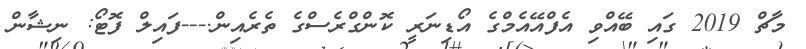
މާޗް 2019 ގައި ބޭއްވި އެފްއޭއެމްގެ އޯޑިނަރީ ކޮންގްރެސްގެ ތެރެއިން.---ފައިލް ފޮޓޯ: ނިޝާން